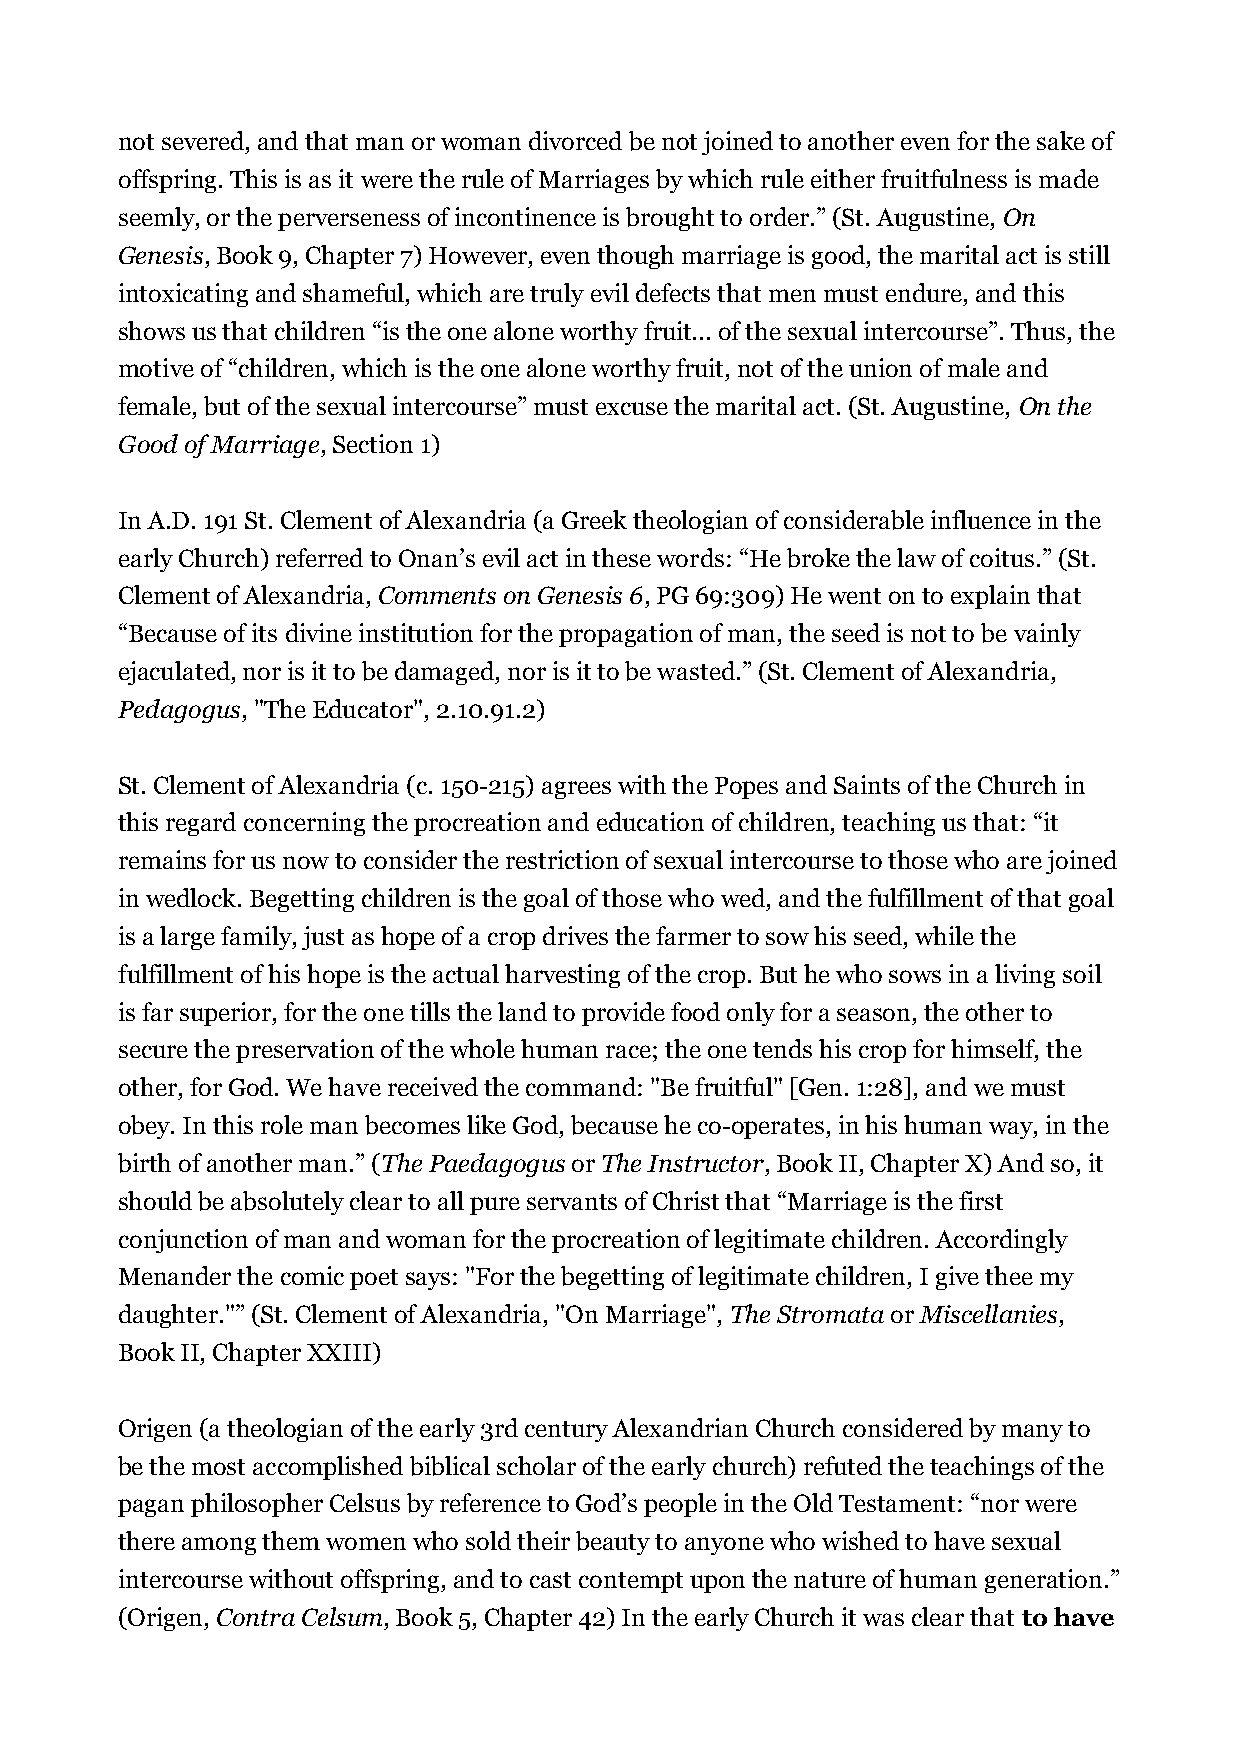
not severed, and that man or woman divorced be not joined to another even for the sake of
 offspring. This is as it were the rule of Marriages by which rule either fruitfulness is made
 seemly, or the perverseness of incontinence is brought to order.” (St. Augustine, On
 Genesis, Book 9, Chapter 7) However, even though marriage is good, the marital act is still
 intoxicating and shameful, which are truly evil defects that men must endure, and this
 shows us that children “is the one alone worthy fruit... of the sexual intercourse”. Thus, the
 motive of “children, which is the one alone worthy fruit, not of the union of male and
 female, but of the sexual intercourse” must excuse the marital act. (St. Augustine, On the
 Good of Marriage, Section 1)
 In A.D. 191 St. Clement of Alexandria (a Greek theologian of considerable influence in the
 early Church) referred to Onan’s evil act in these words: “He broke the law of coitus.” (St.
 Clement of Alexandria, Comments on Genesis 6, PG 69:309) He went on to explain that
 “Because of its divine institution for the propagation of man, the seed is not to be vainly
 ejaculated, nor is it to be damaged, nor is it to be wasted.” (St. Clement of Alexandria,
 Pedagogus, "The Educator", 2.10.91.2)
 St. Clement of Alexandria (c. 150-215) agrees with the Popes and Saints of the Church in
 this regard concerning the procreation and education of children, teaching us that: “it
 remains for us now to consider the restriction of sexual intercourse to those who are joined
 in wedlock. Begetting children is the goal of those who wed, and the fulfillment of that goal
 is a large family, just as hope of a crop drives the farmer to sow his seed, while the
 fulfillment of his hope is the actual harvesting of the crop. But he who sows in a living soil
 is far superior, for the one tills the land to provide food only for a season, the other to
 secure the preservation of the whole human race; the one tends his crop for himself, the
 other, for God. We have received the command: "Be fruitful" [Gen. 1:28], and we must
 obey. In this role man becomes like God, because he co-operates, in his human way, in the
 birth of another man.” (The Paedagogus or The Instructor, Book II, Chapter X) And so, it
 should be absolutely clear to all pure servants of Christ that “Marriage is the first
 conjunction of man and woman for the procreation of legitimate children. Accordingly
 Menander the comic poet says: "For the begetting of legitimate children, I give thee my
 daughter."” (St. Clement of Alexandria, "On Marriage", The Stromata or Miscellanies,
 Book II, Chapter XXIII)
 Origen (a theologian of the early 3rd century Alexandrian Church considered by many to
 be the most accomplished biblical scholar of the early church) refuted the teachings of the
 pagan philosopher Celsus by reference to God’s people in the Old Testament: “nor were
 there among them women who sold their beauty to anyone who wished to have sexual
 intercourse without offspring, and to cast contempt upon the nature of human generation.”
 (Origen, Contra Celsum, Book 5, Chapter 42) In the early Church it was clear that to have